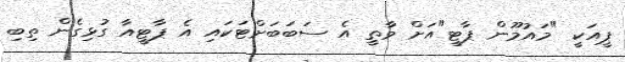
ޕީއަކީ "މައުމޫން ޕާޓީ"އަށް ވާތީ އެ ސަބަބަށްޓަކައި އެ ޕާޓީއާ ގުޅިގެން ތިބި